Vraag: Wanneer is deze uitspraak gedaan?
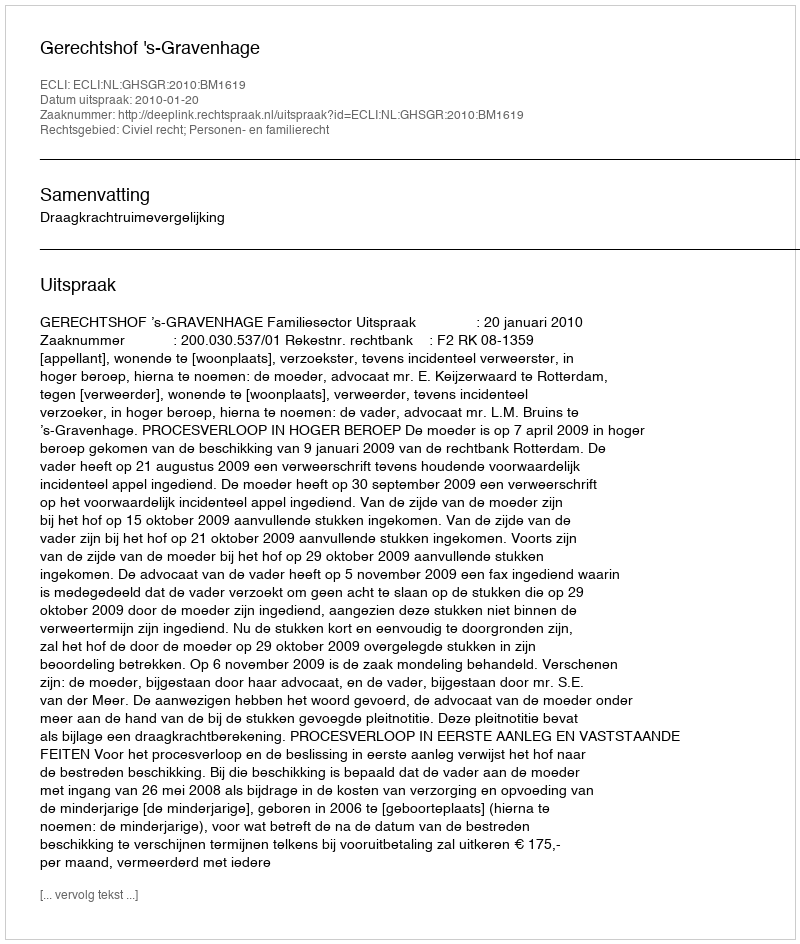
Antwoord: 2010-01-20